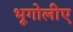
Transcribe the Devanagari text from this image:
भूगोलीए